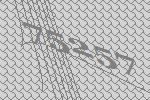
75257